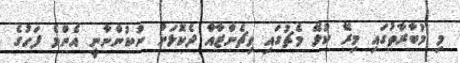
މި މުބާރާތުގައި މިރޭ ކުޅޭ މެޗުގައި ވިޗެންޒާއާ ދެކޮޅަށް ނުކުންނާނީ އެންމެ ފަހުގެ